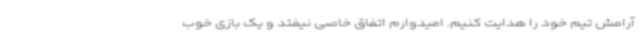
آرامش تیم خود را هدایت کنیم. امیدوارم اتفاق خاصی نیفتد و یک بازی خوب